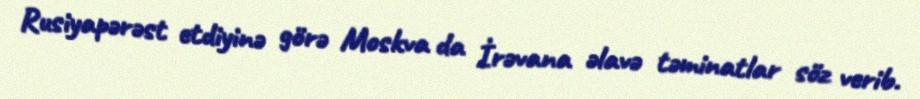
Rusiyapərəst etdiyinə görə Moskva da İrəvana əlavə təminatlar söz verib.